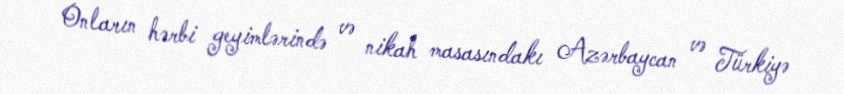
Onların hərbi geyimlərində və nikah masasındakı Azərbaycan və Türkiyə